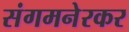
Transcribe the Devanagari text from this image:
संगमनेरकर